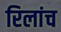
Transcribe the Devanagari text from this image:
रिलांच